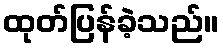
ထုတ်ပြန်ခဲ့သည်။